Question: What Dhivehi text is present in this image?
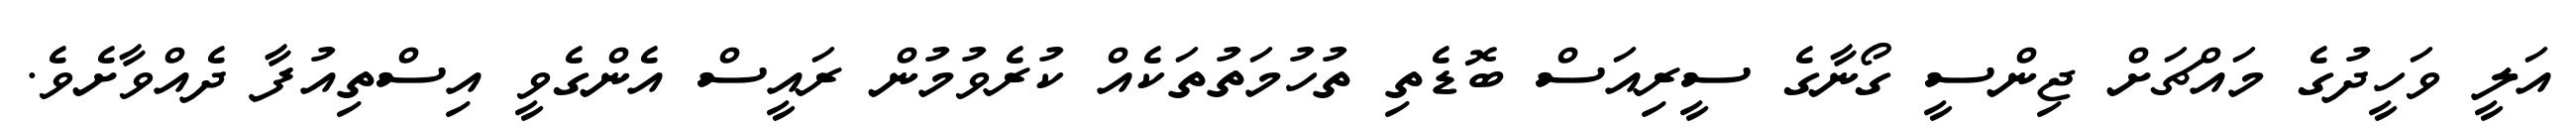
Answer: އަލީ ވަހީދުގެ މައްޗަށް ޖިންސީ ގޯނާގެ ސީރިއަސް ބޮޑެތި ތުހުމަތުތަކެއް ކުރެވުމުން ރައީސް އެންގެވީ އިސްތިއުފާ ދެއްވާށެވެ.